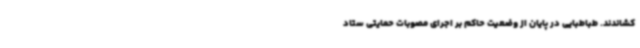
کشاندند. طباطبایی در پایان از وضعیت حاکم بر اجرای مصوبات حمایتی ستاد